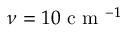
\nu = 1 0 \textrm { c m } ^ { - 1 }